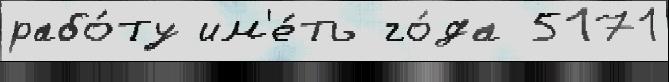
рабо́ту им'е́ть го́да 5171